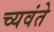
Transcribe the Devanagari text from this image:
च्यवंते